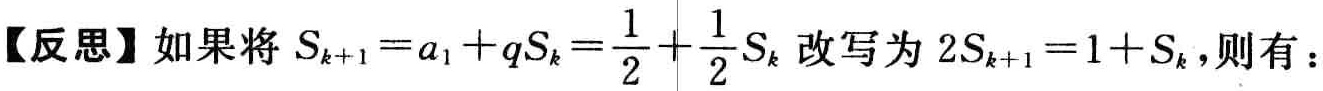
【反思】如果将\(S_{k + 1} = a_1 + qS_{k}=\frac{1}{2}+\frac{1}{2}S_{k}\)改写为\(2S_{k + 1} = 1 + S_{k}\)，则有：